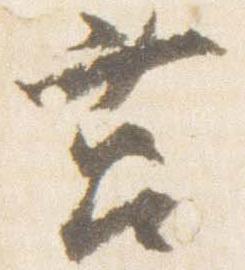
筥